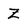
Character: Z